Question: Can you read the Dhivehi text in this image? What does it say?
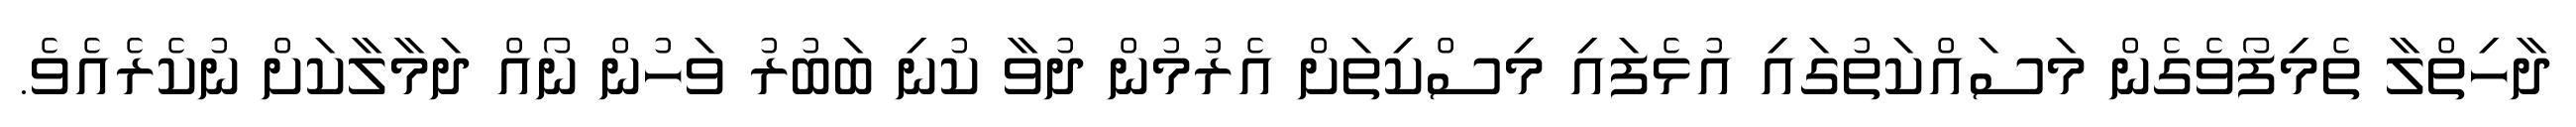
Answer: ދާހިތްލާ ތެމިފޯވެގެން މަސައްކަތުގައި އުޅެފައި މިސްކިތަށް އެރުމުން ދުވާ ކުނި ބަބުރު ވަހުން ނޯއް ދަމާލާކަށް ނުކެރެއެވެ.